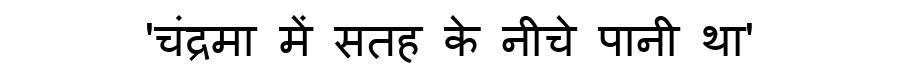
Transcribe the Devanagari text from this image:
'चंद्रमा में सतह के नीचे पानी था'